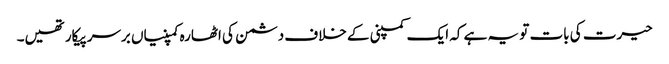
حیرت کی بات تو یہ ہے کہ ایک کمپنی کے خلاف دشمن کی اٹھارہ کمپنیاں برسرپیکار تھیں۔